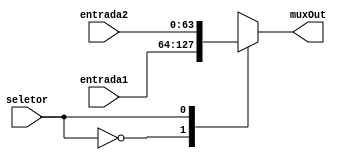
module mux(

    input [63:0] entrada1,
    input [63:0] entrada2,
    input seletor,
    output [63:0] muxOut

);

    reg [63:0] muxOut;

    always @(entrada1, entrada2, seletor)
        case (seletor) // De acordo com o seletor, define-se qual será a saída do módulo
            1'b0:
              muxOut = entrada1;
            1'b1:
              muxOut = entrada2;
        endcase
        

endmodule